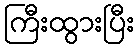
ကြီးထွားပြီး